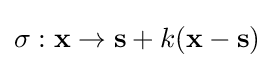
\sigma :\mathbf {x} \to \mathbf {s} +k(\mathbf {x} -\mathbf {s} )